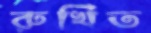
রুখিত